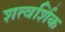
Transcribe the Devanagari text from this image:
शत्वर्शिक